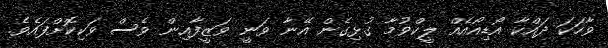
ވާހަކަ ދައްކާ އޯޑިއޯއެއް ލީކްވުމާ ގުޅިގެން އޭނާ ވަނީ ވަޒީފާއިން ވެސް ވަކިކޮށްފައެވެ.